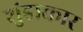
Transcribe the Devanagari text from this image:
शुंडाकार